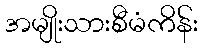
အမျိုးသားစီမံကိန်း